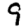
Digit: 9